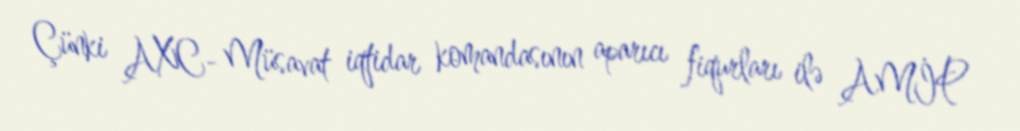
Çünki AXC- Müsavat iqtidar komandasının aparıcı fiqurları ilə AMİP